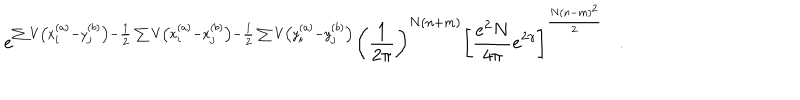
e ^ { \sum V \left( x _ { i } ^ { ( a ) } - y _ { j } ^ { ( b ) } \right) - \frac { 1 } { 2 } \sum V \left( x _ { i } ^ { ( a ) } - x _ { j } ^ { ( b ) } \right) - \frac { 1 } { 2 } \sum V \left( y _ { i } ^ { ( a ) } - y _ { j } ^ { ( b ) } \right) } \left( \frac { 1 } { 2 \pi } \right) ^ { N ( n + m ) } \left[ \frac { e ^ { 2 } N } { 4 \pi } e ^ { 2 \gamma } \right] ^ { \frac { N ( n - m ) ^ { 2 } } { 2 } } .